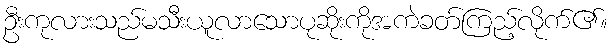
ဦးကုလားသည်မသီးယူလာသောပုဆိုးကိုအကဲခတ်ကြည့်လိုက်၏။